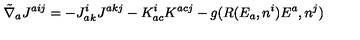
{ \tilde { \nabla } } _ { a } J ^ { a i j } = - { J _ { a } ^ { i } } _ { k } { J ^ { a k j } } - K _ { a c } ^ { i } K ^ { a c j } - g ( R ( E _ { a } , n ^ { i } ) E ^ { a } , n ^ { j } )